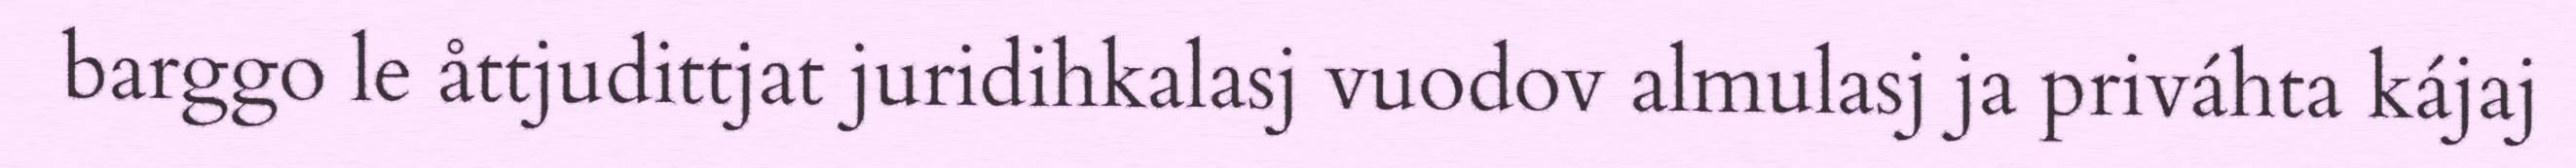
barggo le åttjudittjat juridihkalasj vuodov almulasj ja priváhta kájaj